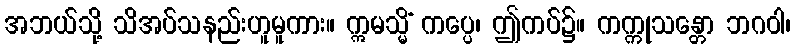
အဘယ်သို့ သိအပ်သနည်းဟူမူကား။ ဣမသ္မိံ ကပ္ပေ၊ ဤကပ်၌။ ကက္ကုသန္တော ဘဂဝါ၊